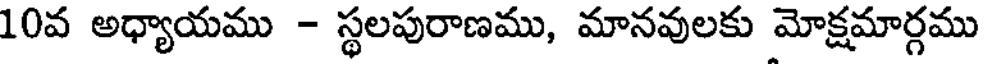
10వ అధ్యాయము - స్థలపురాణము, మానవులకు మోక్షమార్గము